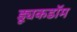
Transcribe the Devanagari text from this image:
ड्यूकडॉम